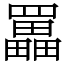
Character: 𦌵